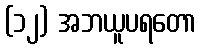
(၁၂) အဘယူပရတော